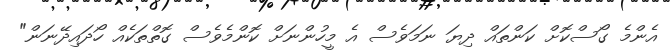
އެންމެ ގޯސްކޮށް ކަންތައް ދިޔަ ނަމަވެސް އެ މީހުންނަށް ކޮންމެވެސް ގޮތްތަކެއް ހޯދައިދޭނަން"